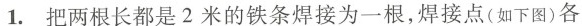
1.把两根长都是2米的铁条焊接为一根，焊接点(如下图)各